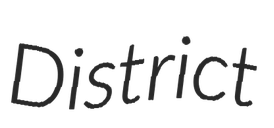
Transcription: District